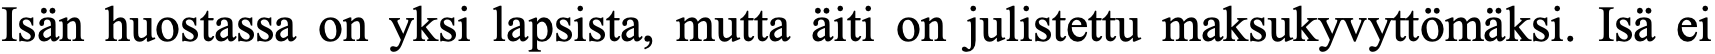
Isän huostassa on yksi lapsista, mutta äiti on julistettu maksukyvyttömäksi. Isä ei